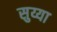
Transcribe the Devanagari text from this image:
सुय्या